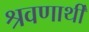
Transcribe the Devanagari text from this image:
श्रवणार्थी